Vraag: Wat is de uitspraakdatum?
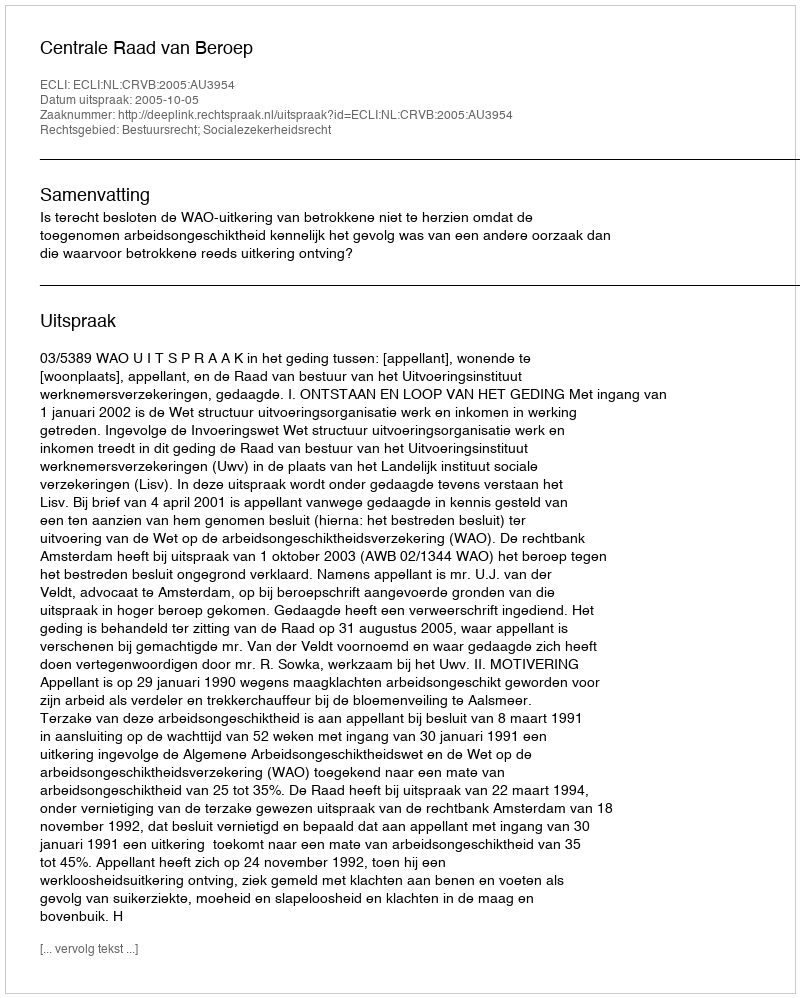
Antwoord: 2005-10-05